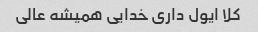
کلا ایول داری خدایی همیشه عالی